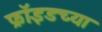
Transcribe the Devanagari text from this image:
फ्राॅइडच्या